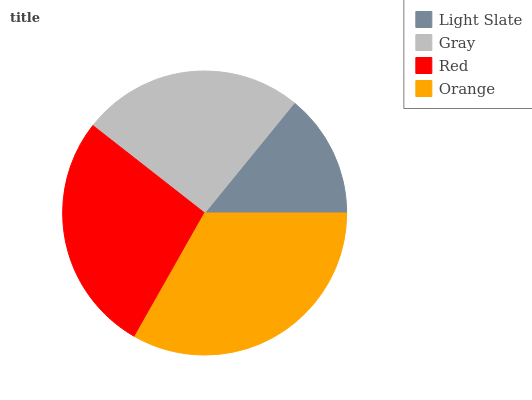
| Light Slate | Gray | Red | Orange |
 | --- | --- | --- | --- |
 | 14.1% | 25.3% | 27.4% | 33.2% |